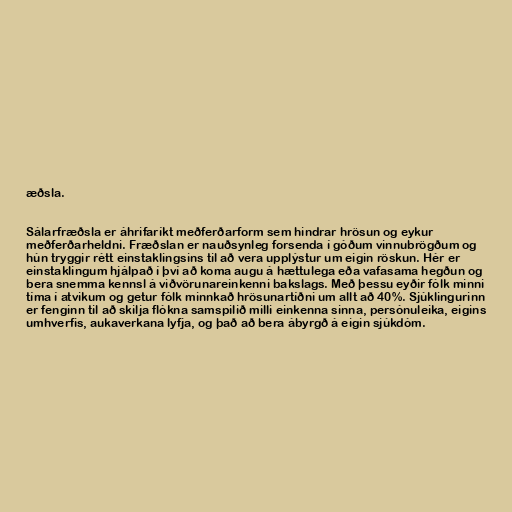
æðsla.

Sálarfræðsla er áhrifaríkt meðferðarform sem hindrar hrösun og eykur
meðferðarheldni. Fræðslan er nauðsynleg forsenda í góðum vinnubrögðum og
hún tryggir rétt einstaklingsins til að vera upplýstur um eigin röskun. Hér er
einstaklingum hjálpað í því að koma augu á hættulega eða vafasama hegðun og
bera snemma kennsl á viðvörunareinkenni bakslags. Með þessu eyðir fólk minni
tíma í atvikum og getur fólk minnkað hrösunartíðni um allt að 40%. Sjúklingurinn
er fenginn til að skilja flókna samspilið milli einkenna sinna, persónuleika, eigins
umhverfis, aukaverkana lyfja, og það að bera ábyrgð á eigin sjúkdóm.